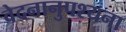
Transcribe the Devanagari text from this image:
वेदनानुपश्यना